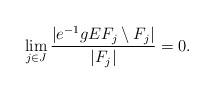
LaTeX: \begin{align*}\lim_{j \in J} \frac{|e^{-1} g E F_j \setminus F_j|}{|F_j|} = 0. \end{align*}